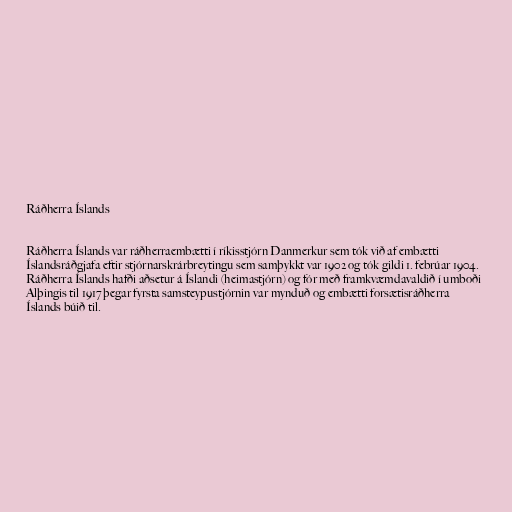
Ráðherra Íslands

Ráðherra Íslands var ráðherraembætti í ríkisstjórn Danmerkur sem tók við af embætti
Íslandsráðgjafa eftir stjórnarskrárbreytingu sem samþykkt var 1902 og tók gildi 1. febrúar 1904.
Ráðherra Íslands hafði aðsetur á Íslandi (heimastjórn) og fór með framkvæmdavaldið í umboði
Alþingis til 1917 þegar fyrsta samsteypustjórnin var mynduð og embætti forsætisráðherra
Íslands búið til.